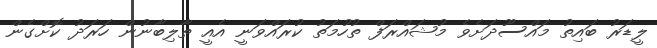
ލީޑަރު ބައިތު މައްސޫދަށެވެ މުޝައްރަފް ތުހުމަތު ކުރައްވަނީ އެއީ ތާލިބާނުން ހަރަދު ކޮށްގެން